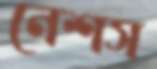
নেশস